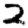
Digit: 2